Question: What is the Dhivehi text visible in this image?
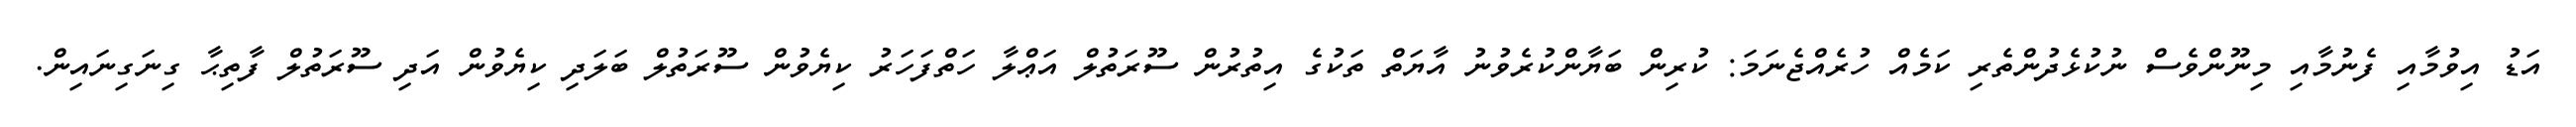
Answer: އަޑު އިވުމާއި ފެނުމާއި މިނޫންވެސް ނުކުޅެދުންތެރި ކަމެއް ހުރެއްޖެނަމަ: ކުރިން ބަޔާންކުރެވުނު އާޔަތް ތަކުގެ އިތުރުން ސޫރަތުލް އަޢްލާ ހަތްފަހަރު ކިޔެވުން ސޫރަތުލް ބަލަދި ކިޔެވުން އަދި ސޫރަތުލް ފާތިޙާ ގިނަގިނައިން.